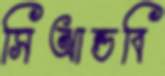
সিআন্ডবি